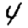
Digit: 4